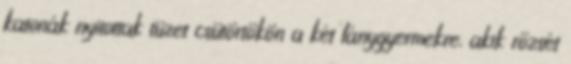
katonák nyitottak tüzet csütörtökön a két lánygyermekre, akik rőzsét